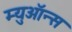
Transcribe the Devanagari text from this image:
म्युऑन्स